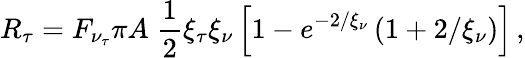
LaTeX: R_{\tau}=F_{\nu_{\tau}}\pi A\; \frac{1}{2}\xi_{\tau}\xi_{\nu}\left[1-e^{-2/\xi_{\nu}}\left(1+2/\xi_{\nu}\right)\right]\, ,